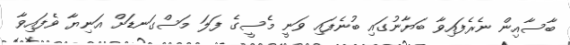
ބާސާއިން ނެރެފައިވާ ބަޔާނުގައި ބުނެފައި ވަނީ މެސީގެ ފަލަ މަސްގަނޑަށް އަނިޔާ ވެފައިވާ